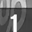
Digit: 1